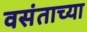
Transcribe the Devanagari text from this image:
वसंताच्या